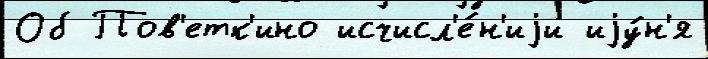
Об Пов'етк'ино исчисл'е́н'иjи иjу́н'я